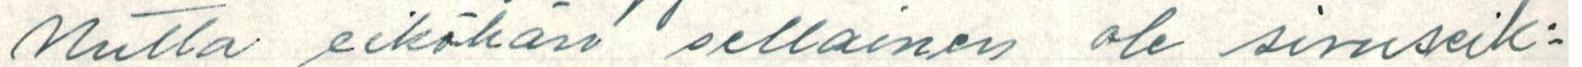
Mutta eiköhän sellainen ole sivuseik=